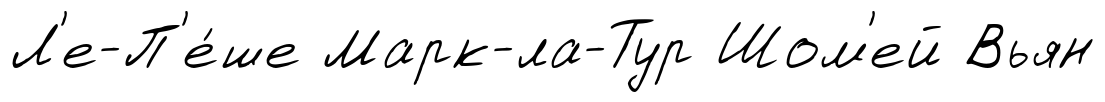
Л'е-П'е́ше Марк-ла-Тур Шом'ей Вьян